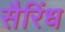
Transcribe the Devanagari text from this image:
सैरिंध